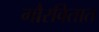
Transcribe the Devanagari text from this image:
गौरवितात